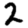
Digit: 2